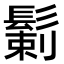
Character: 鬎